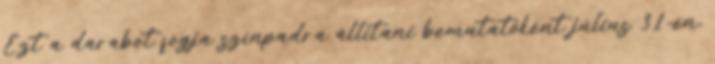
Ezt a darabot fogja színpadra állítani bemutatóként július 31-én,